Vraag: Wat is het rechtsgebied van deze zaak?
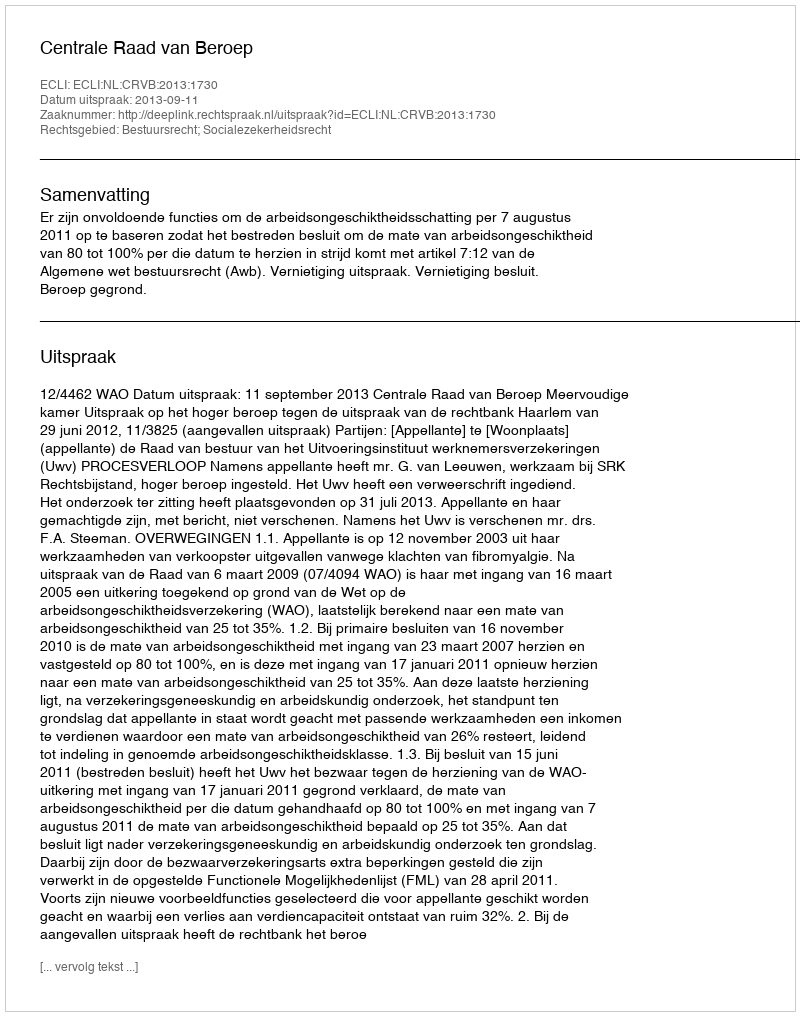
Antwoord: Bestuursrecht; Socialezekerheidsrecht